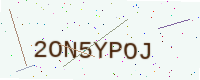
Text: 2ON5YPOJ